Report on vaccination in the Province of Bengal - 1874-1889
Year: 1874
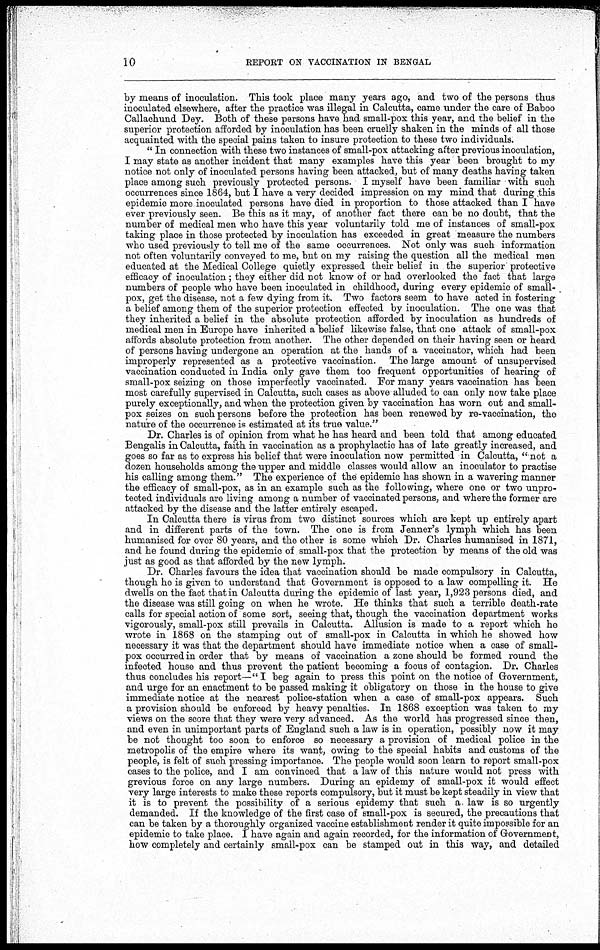
10
REPORT ON VACCINATION IN BENGAL
by means of inoculation. This took place many years ago, and two of the persons thus
inoculated elsewhere, after the practice was illegal in Calcutta, came under the care of Baboo
Callachund Dey. Both of these persons have had small-pox this year, and the belief in the
superior protection afforded by inoculation has been cruelly shaken in the minds of all those
acquainted with the special pains taken to insure protection to these two individuals.
" In connection with these two instances of small-pox attacking after previous inoculation,
I may state as another incident that many examples have this year been brought to my
notice not only of inoculated persons having been attacked, but of many deaths having taken
place among such previously protected persons. I myself have been familiar with such
occurrences since 1864, but I have a very decided impression on my mind that during this
epidemic more inoculated persons have died in proportion to those attacked than I have
ever previously seen. Be this as it may, of another fact there can be no doubt, that the
number of medical men who have this year voluntarily told me of instances of small-pox
taking place in those protected by inoculation has exceeded in great measure the numbers
who used previously to tell me of the same occurrences. Not only was such information
not often voluntarily conveyed to me, but on my raising the question all the medical men
educated at the Medical College quietly expressed their belief in the superior protective
efficacy of inoculation; they either did not know of or had overlooked the fact that large
numbers of people who have been inoculated in childhood, during every epidemic of small-
pox, get the disease, not a few dying from it. Two factors seem to have acted in fostering
a belief among them of the superior protection effected by inoculation. The one was that
they inherited a belief in the absolute protection afforded by inoculation as hundreds of
medical men in Europe have inherited a belief likewise false, that one attack of small-pox
affords absolute protection from another. The other depended on their having seen or heard
of persons having undergone an operation at the hands of a vaccinator, which had been
improperly represented as a protective vaccination. The large amount of unsupervised
vaccination conducted in India only gave them too frequent opportunities of hearing of
small-pox seizing on those imperfectly vaccinated. For many years vaccination has been
most carefully supervised in Calcutta, such cases as above alluded to can only now take place
purely exceptionally, and when the protection given by vaccination has worn out and small-
pox seizes on such persons before the protection has been renewed by re-vaccination, the
nature of the occurrence is estimated at its true value."
Dr. Charles is of opinion from what he has heard and been told that among educated
Bengalis in Calcutta, faith in vaccination as a prophylactic has of late greatly increased, and
goes so far as to express his belief that were inoculation now permitted in Calcutta, " not a
dozen households among the upper and middle classes would allow an inoculator to practise
his calling among them." The experience of the epidemic has shown in a wavering manner
the efficacy of small-pox, as in an example such as the following, where one or two unpro-
tected individuals are living among a number of vaccinated persons, and where the former are
attacked by the disease and the latter entirely escaped.
In Calcutta there is virus from two distinct sources which are kept up entirely apart
and in different parts of the town. The one is from Jenner's lymph which has been
humanised for over 80 years, and the other is some which Dr. Charles humanised in 1871,
and he found during the epidemic of small-pox that the protection by means of the old was
just as good as that afforded by the new lymph.
Dr. Charles favours the idea that vaccination should be made compulsory in Calcutta,
though he is given to understand that Government is opposed to a law compelling it. He
dwells on the fact that in Calcutta during the epidemic of last year, 1,923 persons died, and
the disease was still going on when he wrote. He thinks that such a terrible death-rate
calls for special action of some sort, seeing that, though the vaccination department works
vigorously, small-pox still prevails in Calcutta. Allusion is made to a report which he
wrote in 1868 on the stamping out of small-pox in Calcutta in which he showed how
necessary it was that the department should have immediate notice when a case of small-
pox occurred in order that by means of vaccination a zone should be formed round the
infected house and thus prevent the patient becoming a focus of contagion. Dr. Charles
thus concludes his report—"I beg again to press this point on the notice of Government,
and urge for an enactment to be passed making it obligatory on those in the house to give
immediate notice at the nearest police-station when a case of small-pox appears. Such
a provision should be enforced by heavy penalties. In 1868 exception was taken to my
views on the score that they were very advanced. As the world has progressed since then,
and even in unimportant parts of England such a law is in operation, possibly now it may
be not thought too soon to enforce so necessary a provision of medical police in the
metropolis of the empire where its want, owing to the special habits and customs of the
people, is felt of such pressing importance. The people would soon learn to report small-pox
cases to the police, and I am convinced that a law of this nature would not press with
grevious force on any large numbers. During an epidemy of small-pox it would effect
very large interests to make these reports compulsory, but it must be kept steadily in view that
it is to prevent the possibility of a serious epidemy that such a law is so urgently
demanded. If the knowledge of the first case of small-pox is secured, the precautions that
can be taken by a thoroughly organized vaccine establishment render it quite impossible for an
epidemic to take place. I have again and again recorded, for the information of Government,
how completely and certainly small-pox can be stamped out in this way, and detailed